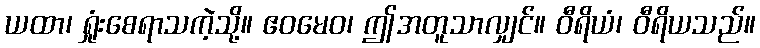
ယထာ၊ ရှုံးစေရာသကဲ့သို့။ ဧဝမေဝ၊ ဤအတူသာလျှင်။ ဝီရိယံ၊ ဝီရိယသည်။